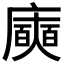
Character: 𭚈